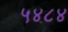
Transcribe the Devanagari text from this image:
५४८४